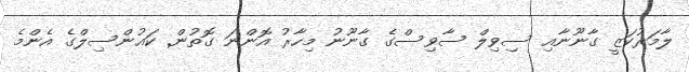
ލާމަރުކަޒީ ގާނޫނާއި ސިވިލް ސާވިސްގެ ގާނޫނު މިހާރު އޮންނަ ގޮތުން